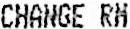
CHANGE RM